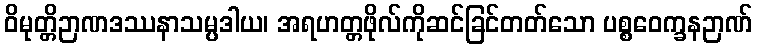
ဝိမုတ္တိဉာဏဒဿနာသမ္ပဒါယ၊ အရဟတ္တဖိုလ်ကိုဆင်ခြင်တတ်သော ပစ္စဝေက္ခနဉာဏ်